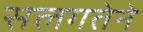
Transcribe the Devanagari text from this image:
सलगतेने